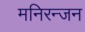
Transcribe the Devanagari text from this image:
मनिरन्जन